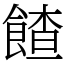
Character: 餷